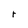
Character: r